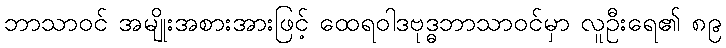
ဘာသာဝင် အမျိုးအစားအားဖြင့် ထေရဝါဒဗုဒ္ဓဘာသာဝင်မှာ လူဦးရေ၏ ၈၉